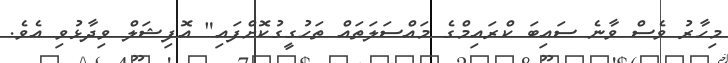
މިހާރު ވެސް ވާނެ ސައިބަ ކްރައިމްގެ މައްސަލަތައް ތަހުގީގުކޮށްފައި" އޮފިޝަލް ވިދާޅުވި އެވެ.